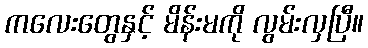
ကလေးတွေနှင့် မိန်းမကို လွမ်းလှပြီ။